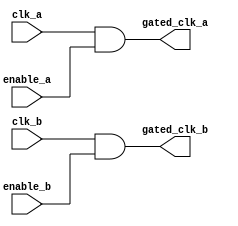
module clock_gating (
    input wire clk_a,          // Clock domain A
    input wire clk_b,          // Clock domain B
    input wire enable_a,       // Enable signal for clock domain A
    input wire enable_b,       // Enable signal for clock domain B
    output wire gated_clk_a,   // Gated clock output for domain A
    output wire gated_clk_b    // Gated clock output for domain B
);

    // Clock gating logic for clock domain A
    assign gated_clk_a = clk_a & enable_a;

    // Clock gating logic for clock domain B
    assign gated_clk_b = clk_b & enable_b;

endmodule